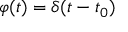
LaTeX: \varphi ( t ) = \delta ( t - t _ { 0 } )